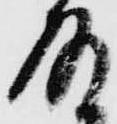
殿